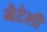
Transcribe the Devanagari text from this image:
नैटेली